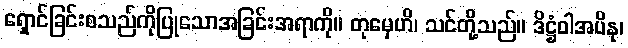
ရှောင်ခြင်းစသည်ကိုပြုသောအခြင်းအရာကို။ တုမှေဟိ၊ သင်တို့သည်။ ဒိဋ္ဌံဝါအပိနု၊